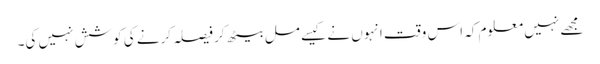
مجھے نہیں معلوم کہ اس وقت انہوں نے کیسے مل بیٹھ کر فیصلہ کرنے کی کوشش نہیں کی۔